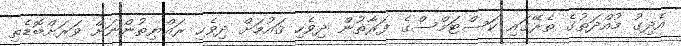
އެދިގު މުއްދަތުގެ ތެރޭގައި ކަސްޓަމްސްގެ ފަރާތުން ދިވެހި ޤައުމަށް ދިވެހި ރައްޔިތުންނަށް ވަރަށްބޮޑެތި